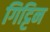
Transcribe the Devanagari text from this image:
गिट्टिन